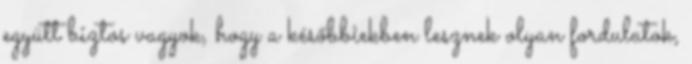
együtt biztos vagyok, hogy a későbbiekben lesznek olyan fordulatok,